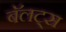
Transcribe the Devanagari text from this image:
बॅलट्स